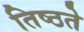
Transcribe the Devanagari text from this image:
तिष्ठते